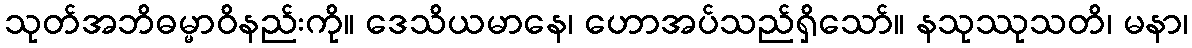
သုတ်အဘိဓမ္မာဝိနည်းကို။ ဒေသိယမာနေ၊ ဟောအပ်သည်ရှိသော်။ နသုဿုသတိ၊ မနာ၊